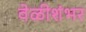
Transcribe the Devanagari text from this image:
वेळीशंभर